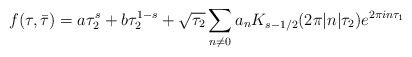
\begin{align*}f(\tau,\bar\tau) = a \tau_2^s + b \tau_2^{1-s} + \sqrt{\tau_2} \sum_{n\ne 0} a_n K_{s-1/2}(2\pi|n|\tau_2) e^{2\pi i n \tau_1}\end{align*}